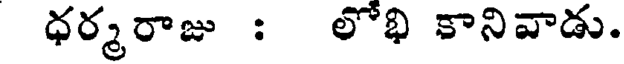
ధర్మరాజు : లోభి కానివాడు.